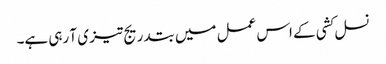
نسل کشی کے اس عمل میں بتدریج تیز ی آ رہی ہے۔